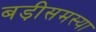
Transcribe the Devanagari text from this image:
बड़ीसमस्या